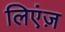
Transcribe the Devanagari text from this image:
लिएंज़